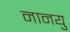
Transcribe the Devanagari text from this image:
नानयु